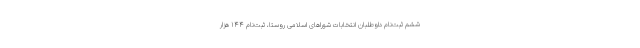
ششم ثبت‌نام داوطلبان انتخابات شوراهای اسلامی روستا، ثبت‌نام ۱۴۴ هزار